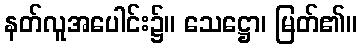
နတ်လူအပေါင်း၌။ သေဋ္ဌော၊ မြတ်၏။